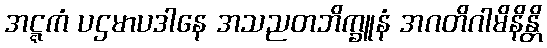
အဋ္ဋကံ ပဌမာပဒါနေ အသညတဘိက္ခူနံ အဂတိဂါမိနိန္တိ